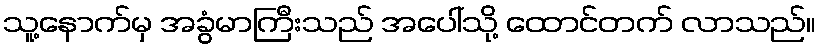
သူ့နောက်မှ အခွံမာကြီးသည် အပေါ်သို့ ထောင်တက် လာသည်။